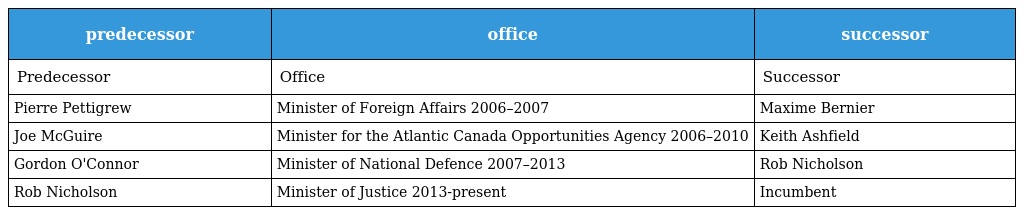
| predecessor | office | successor |
 | --- | --- | --- |
 | Predecessor | Office | Successor |
 | Pierre Pettigrew | Minister of Foreign Affairs 2006–2007 | Maxime Bernier |
 | Joe McGuire | Minister for the Atlantic Canada Opportunities Agency 2006–2010 | Keith Ashfield |
 | Gordon O'Connor | Minister of National Defence 2007–2013 | Rob Nicholson |
 | Rob Nicholson | Minister of Justice 2013-present | Incumbent |